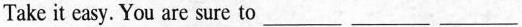
Take it easy. You are sure ___ ___ ___